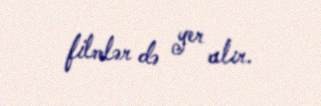
filmlər də yer alır.